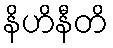
နိဟိနီတိ